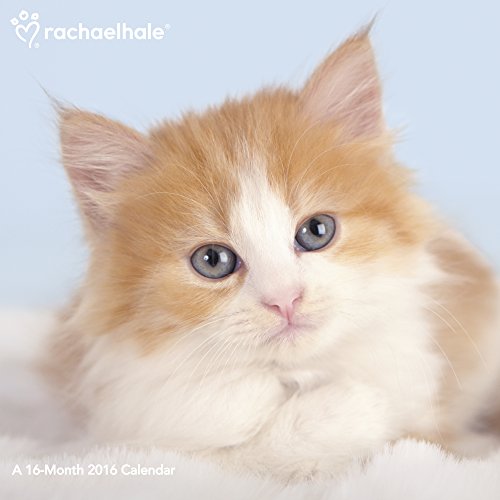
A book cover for Rachael Hale Cats Wall Calendar (2016); Mead; Calendars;